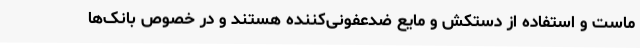
ماست و استفاده از دستکش و مایع ضدعفونی‌کننده هستند و در خصوص بانک‌ها